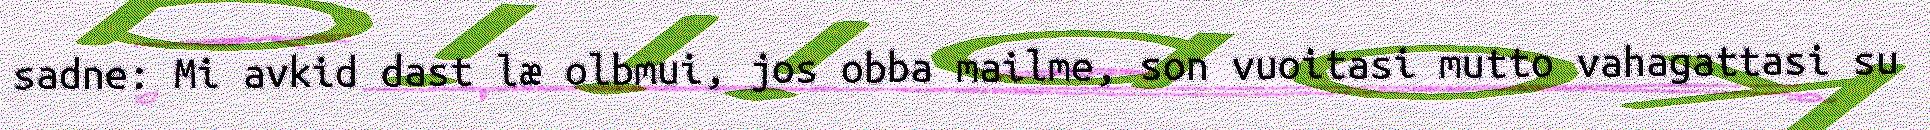
sadne: Mi avkid dast læ olbmui, jos obba mailme, son vuoitasi mutto vahagattasi su